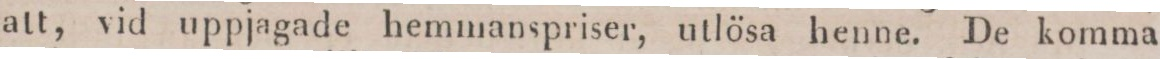
att, vid uppjagade hemmanspriser, utlösa henne. De komma